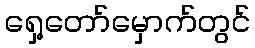
ရှေ့တော်မှောက်တွင်